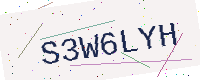
Text: S3W6LYH